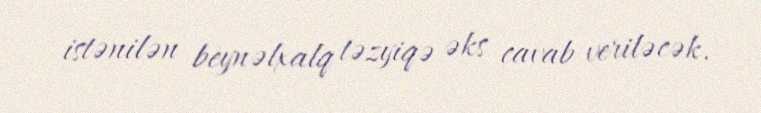
istənilən beynəlxalq təzyiqə əks cavab veriləcək.